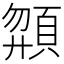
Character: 𩒶